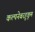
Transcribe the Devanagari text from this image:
कल्पनेबरहुकूम